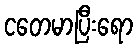
ငတေမာပြီးရော